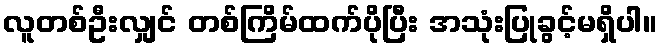
လူတစ်ဦးလျှင် တစ်ကြိမ်ထက်ပိုပြီး အသုံးပြုခွင့်မရှိပါ။